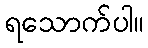
ရသောက်ပါ။